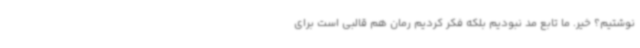
نوشتیم؟ خیر. ما تابع مد نبودیم بلکه فکر کردیم رمان هم قالبی است برای